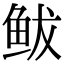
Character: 鲅